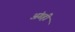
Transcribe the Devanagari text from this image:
अंगही